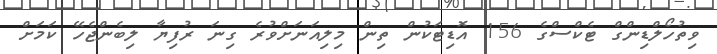
ވިތުހޯލްޑިންގް ޓެކްސްގެ 156 އޮޑިޓަކުން ތިން މިލިއަނަށްވުރެ ގިނަ ރުފިޔާ ލިބެންޖެހޭ ކަމަށް